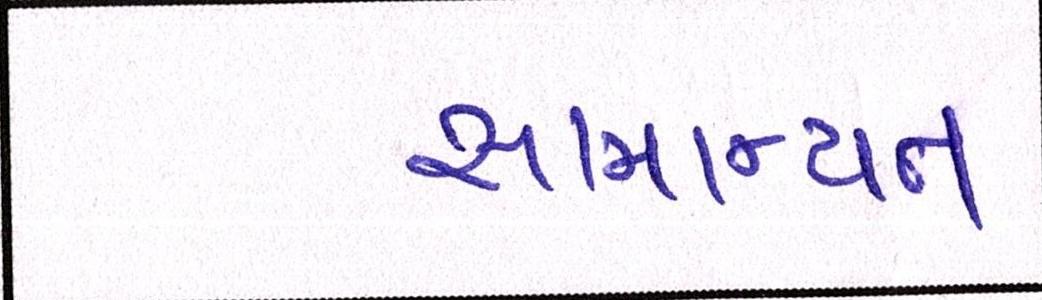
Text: સામાન્યતઃ